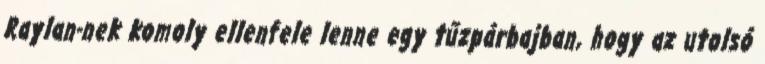
Raylan-nek komoly ellenfele lenne egy tűzpárbajban, hogy az utolsó